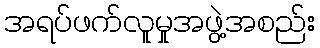
အရပ်ဖက်လူမှုအဖွဲ့အစည်း